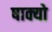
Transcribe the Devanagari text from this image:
षाक्यो